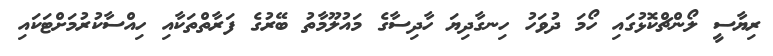
ރިޔާސީ ލޯންޗްކޮޅުގައި ހޯމަ ދުވަހު ހިނގާދިޔަ ހާދިސާގެ މައުލޫމާތު ބޭރުގެ ފަރާތްތަކާއި ހިއްސާކުރުމަށްޓަކައި